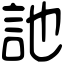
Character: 訑